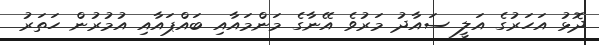
ދޮޅު އަހަރުގެ އަލީ ސައާދު މަރުވެ އޭނާގެ މަންމައާއި ބައްޕައާއި އުމުރުން ހަތަރު